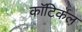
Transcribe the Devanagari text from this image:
कॉटिर्कल